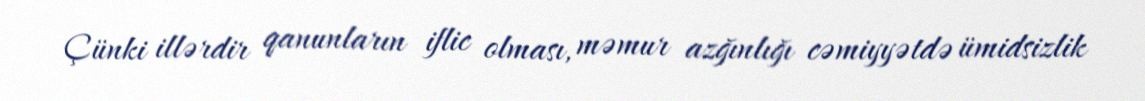
Çünki illərdir qanunların iflic olması, məmur azğınlığı cəmiyyətdə ümidsizlik